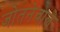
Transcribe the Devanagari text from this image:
जोतनेवाले